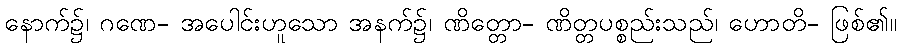
နောက်၌၊ ဂဏေ- အပေါင်းဟူသော အနက်၌၊ ဏိတ္တော- ဏိတ္တပစ္စည်းသည်၊ ဟောတိ- ဖြစ်၏။